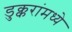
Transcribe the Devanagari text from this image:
डुक्करांमध्ये